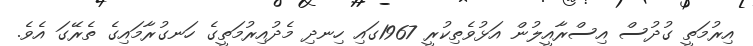
އިރުމަތީ ގުދުސް އިސްރާއީލުން އަޅުވެތިކުރީ 1967ގައި ހިނދި މެދުއިރުމަތީގެ ހަނގުރާމައިގެ ތެރޭގަ އެވެ.